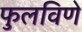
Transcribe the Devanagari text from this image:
फुलविणे